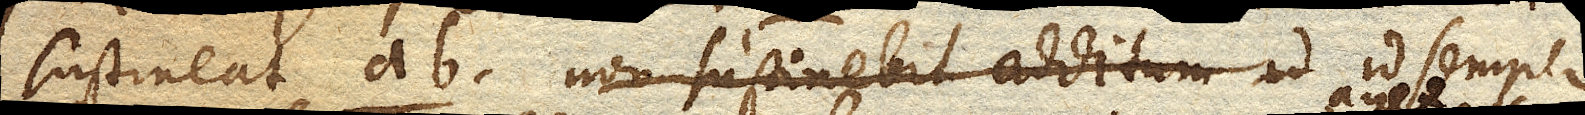
sustineat ab. id semper